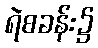
ရဲစခန်း၌